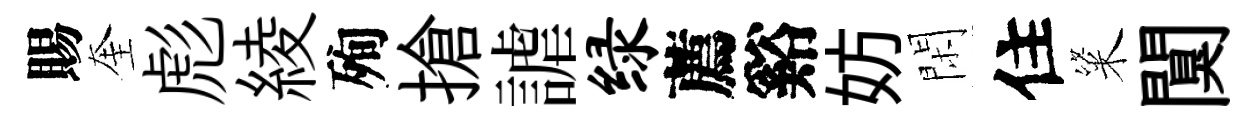
賜奎彪綾殉搶謔绿薦谿妨閑住粢闃